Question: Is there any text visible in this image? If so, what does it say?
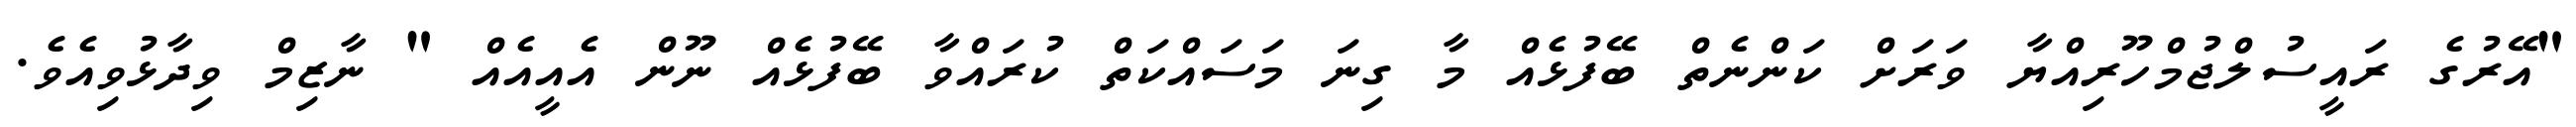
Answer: "އޭރުގެ ރައީސުލްޖުމްހޫރިއްޔާ ވަރަށް ކަންނެތް ބޭފުޅެއް މާ ގިނަ މަސައްކަތް ކުރައްވާ ބޭފުޅެއް ނޫން އެއީއެއް " ނާޒިމް ވިދާޅުވިއެވެ.